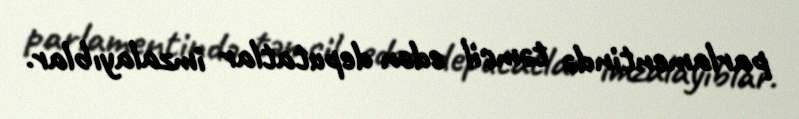
parlamentində təmsil edən deputatlar imzalayıblar.